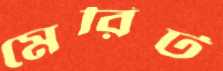
মেরিট